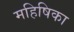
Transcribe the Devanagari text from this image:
महिषिका